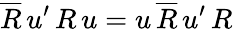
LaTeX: \overline{{{R}}}\, u^{\prime}\, R\, u=u\, \overline{{{R}}}\, u^{\prime}\, R